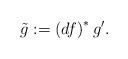
LaTeX: \begin{align*}\tilde{g}:=\left( df\right) ^{\ast }g^{\prime }. \end{align*}